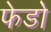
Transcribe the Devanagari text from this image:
फेडो